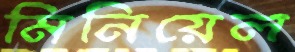
মিনিয়েল